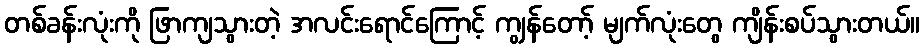
တစ်ခန်းလုံးကို ဖြာကျသွားတဲ့ အလင်းရောင်ကြောင့် ကျွန်တော့် မျက်လုံးတွေ ကျိန်းစပ်သွားတယ်။